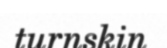
turnskin